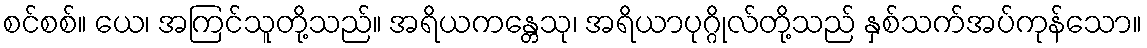
စင်စစ်။ ယေ၊ အကြင်သူတို့သည်။ အရိယကန္တေသု၊ အရိယာပုဂ္ဂိုလ်တို့သည် နှစ်သက်အပ်ကုန်သော။